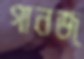
গানজ্